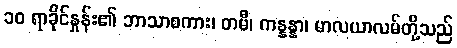
၁၀ ရာခိုင်နှုန်း၏ ဘာသာစကား၊ တမီ၊ ကန္နန္နာ၊ မာလယာလမ်တို့သည်